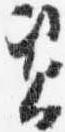
資